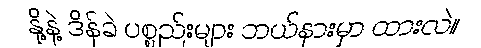
နို့နဲ့ ဒိန်ခဲ ပစ္စည်းများ ဘယ်နားမှာ ထားလဲ။